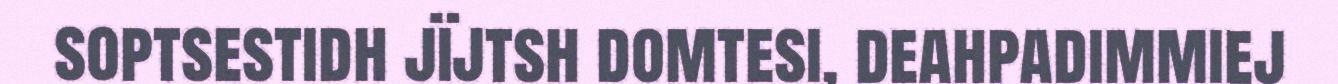
soptsestidh jïjtsh domtesi, deahpadimmiej